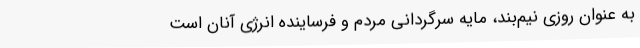
به عنوان روزی نیم‌بند، مایه سرگردانی مردم و فرساینده انرژی آنان است